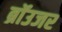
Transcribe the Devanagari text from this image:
ब्रॉउजर